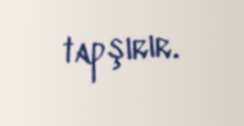
tapşırır.